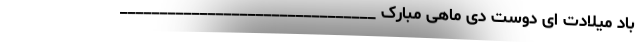
باد میلادت ای دوست دی ماهی مبارک ________________________________